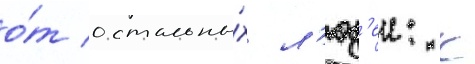
о́т остальны́х л'юд'еи: к